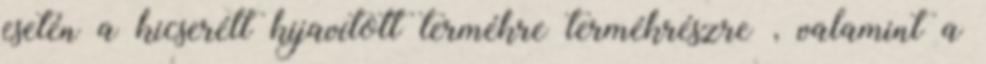
esetén a kicserélt kijavított termékre termékrészre , valamint a